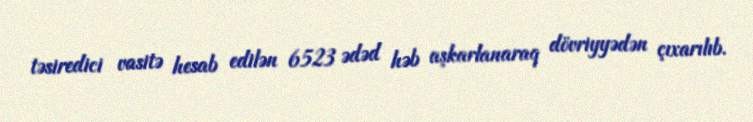
təsiredici vasitə hesab edilən 6523 ədəd həb aşkarlanaraq dövriyyədən çıxarılıb.